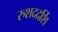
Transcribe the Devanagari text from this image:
रुशददर्शि